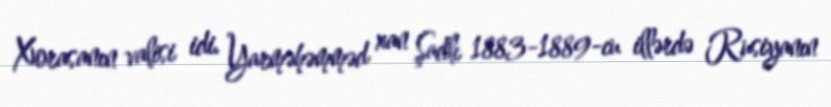
Xorasanın valisi idi. Yarməhəmməd xan Şadlı 1883-1889-cu illərdə Rusiyanın